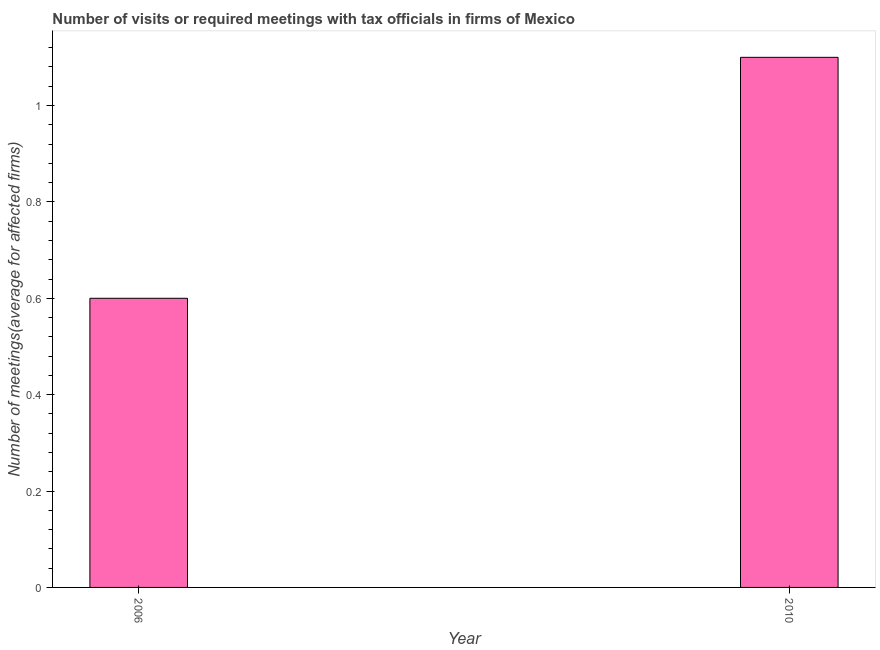
| Year | Meetings with tax officials |
 | --- | --- |
 | 2006 | 0.6 |
 | 2010 | 1.1 |